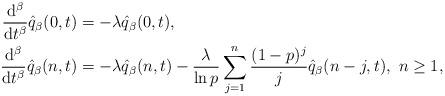
LaTeX: \begin{align*}\begin{aligned}\frac{\mathrm{d}^{\beta}}{\mathrm{d}t^{\beta}}\hat{q}_{\beta}(0,t)&=-\lambda \hat{q}_{\beta}(0,t),\\\frac{\mathrm{d}^{\beta}}{\mathrm{d}t^{\beta}}\hat{q}_{\beta}(n,t)&=-\lambda \hat{q}_{\beta}(n,t)-\frac{\lambda}{\ln p}\sum_{j=1}^{n}\frac{(1-p)^{j}}{j}\hat{q}_{\beta}(n-j,t),\ n\ge 1,\end{aligned}\end{align*}